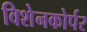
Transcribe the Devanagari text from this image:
विशेनकोर्पर